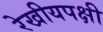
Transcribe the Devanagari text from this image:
रेखीयपक्षी